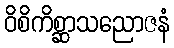
ဝိစိကိစ္ဆာသညောဇနံ